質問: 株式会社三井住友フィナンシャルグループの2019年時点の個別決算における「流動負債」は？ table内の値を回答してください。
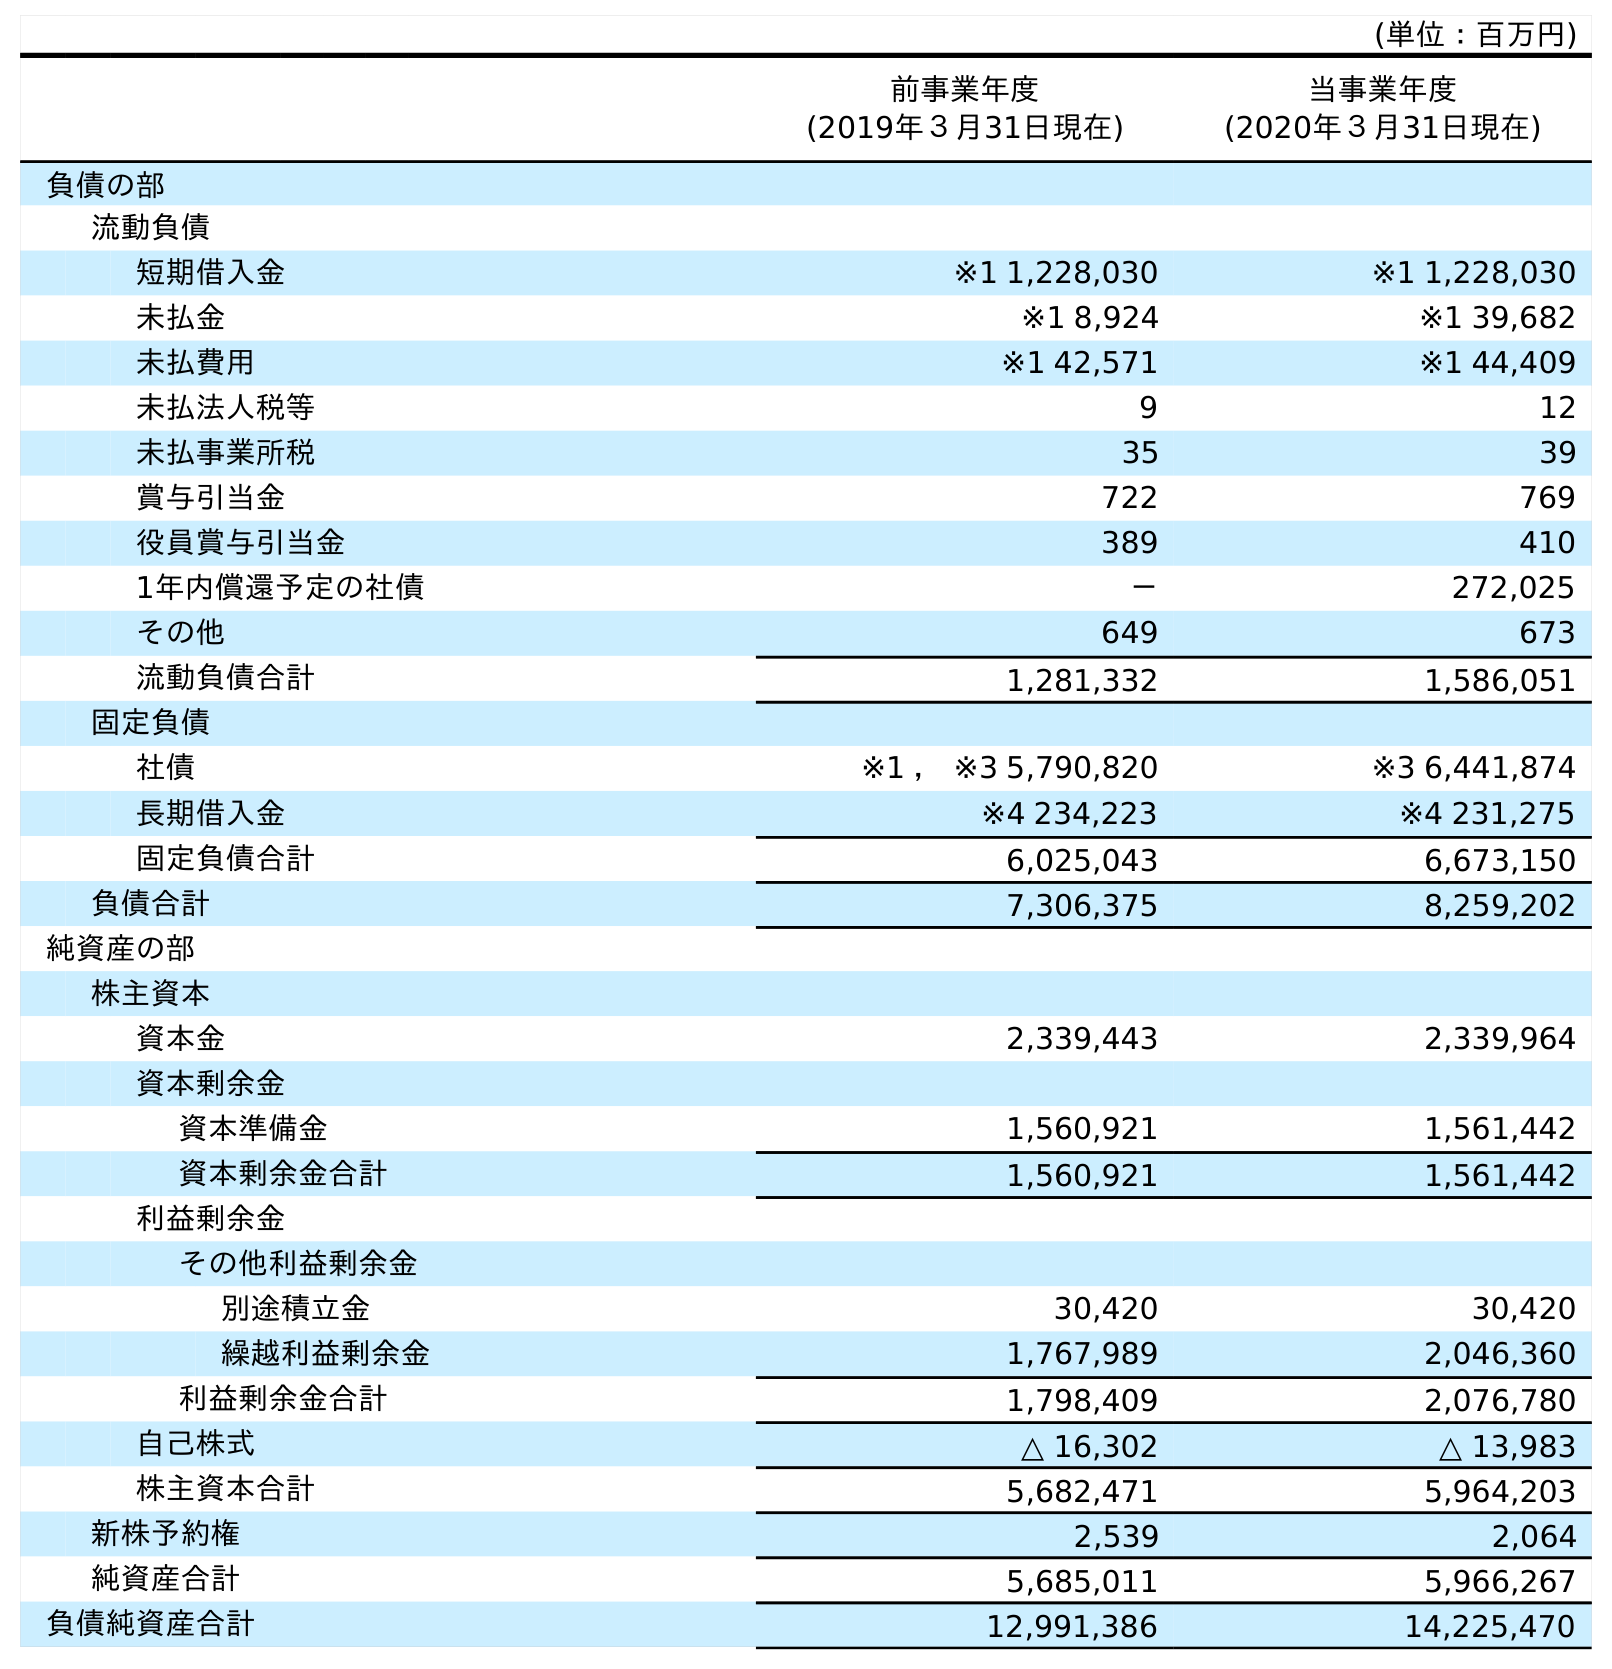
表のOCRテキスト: (単位：百万円) 前事業年度 (2019年３月31日現在) 当事業年度 (2020年３月31日現在) 負債の部 流動負債 短期借入金 ※1 1,228,030 ※1 1,228,030 未払金 ※1 8,924 ※1 39,682 未払費用 ※1 42,571 ※1 44,409 未払法人税等 9 12 未払事業所税 35 39 賞与引当金 722 769 役員賞与引当金 389 410 1年内償還予定の社債 － 272,025 その他 649 673 流動負債合計 1,281,332 1,586,051 固定負債 社債 ※1 ， ※3 5,790,820 ※3 6,441,874 長期借入金 ※4 234,223 ※4 231,275 固定負債合計 6,025,043 6,673,150 負債合計 7,306,375 8,259,202 純資産の部 株主資本 資本金 2,339,443 2,339,964 資本剰余金 資本準備金 1,560,921 1,561,442 資本剰余金合計 1,560,921 1,561,442 利益剰余金 その他利益剰余金 別途積立金 30,420 30,420 繰越利益剰余金 1,767,989 2,046,360 利益剰余金合計 1,798,409 2,076,780 自己株式 △ 16,302 △ 13,983 株主資本合計 5,682,471 5,964,203 新株予約権 2,539 2,064 純資産合計 5,685,011 5,966,267 負債純資産合計 12,991,386 14,225,470
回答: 1,281,332